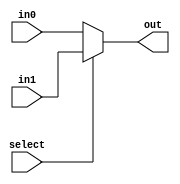
module comp_mux_2(out, select, in0, in1);
input select;
input in0, in1;
output out;
assign out = select ? in1 : in0;
endmodule